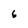
Character: 6